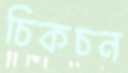
চিকচন